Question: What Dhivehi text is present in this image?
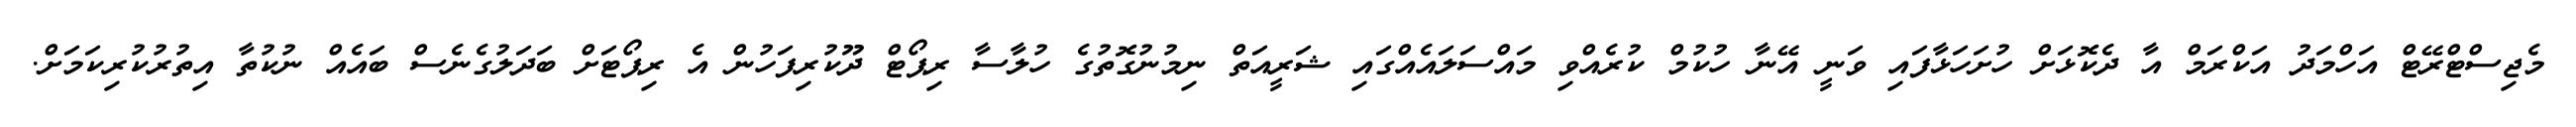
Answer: މެޖިސްޓްރޭޓް އަހްމަދު އަކްރަމް އާ ދެކޮޅަށް ހުށަހަޅާފައި ވަނީ އޭނާ ހުކުމް ކުރެއްވި މައްސަލައެއްގައި ޝަރީއަތް ނިމުނުގޮތުގެ ހުލާސާ ރިޕޯޓް ދޫކުރިފަހުން އެ ރިޕޯޓަށް ބަދަލުގެނެސް ބައެއް ނުކުތާ އިތުރުކުރިކަމަށް.